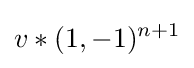
v*(1,-1)^{n+1}